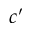
c ^ { \prime }